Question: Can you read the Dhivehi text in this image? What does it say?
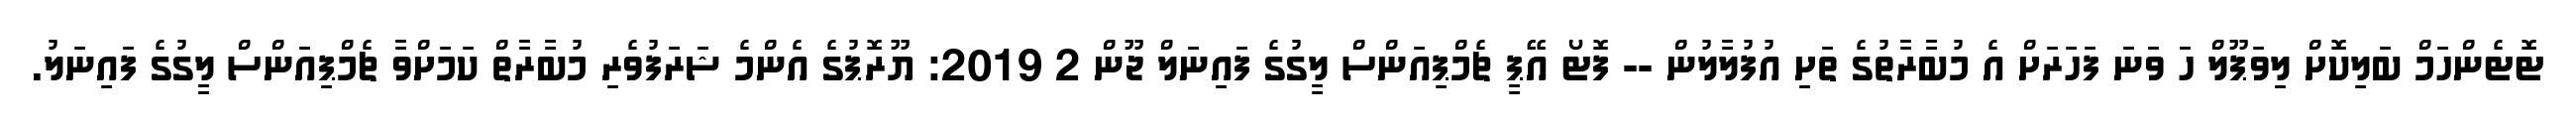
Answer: ޓޮޓެންހަމް ބަލިކޮށް ލިވަޕޫލް ހަ ވަނަ ފަހަރަށް އެ މުބާރާތުގެ ތަށި އުފުލާލުން -- ފޮޓޯ އޭޕީ ޗެމްޕިއަންސް ލީގުގެ ފައިނަލް ޖޫން 2 2019: ޔޫރޮޕުގެ އެންމެ ޝަރަފުވެރި މުބާރާތް ކަމަށްވާ ޗެމްޕިއަންސް ލީގުގެ ފައިނަލު.